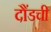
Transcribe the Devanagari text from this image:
दौंडची